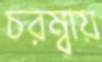
চরম্বায়